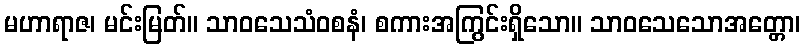
မဟာရာဇ၊ မင်းမြတ်။ သာဝသေသံဝစနံ၊ စကားအကြွင်းရှိသော။ သာဝသေသောအတ္တော၊